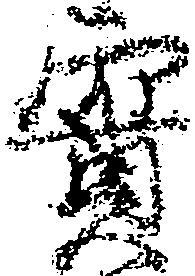
実